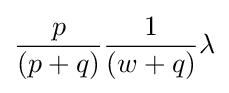
{\frac {p}{(p+q)}}{\frac {1}{(w+q)}}\lambda